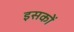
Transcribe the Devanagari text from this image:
इसकों